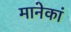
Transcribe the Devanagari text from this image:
मानेकां